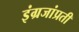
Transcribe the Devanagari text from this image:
इंग्रजांप्रती